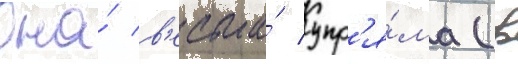
Она́ в'есьма́ упр'я́ма (в